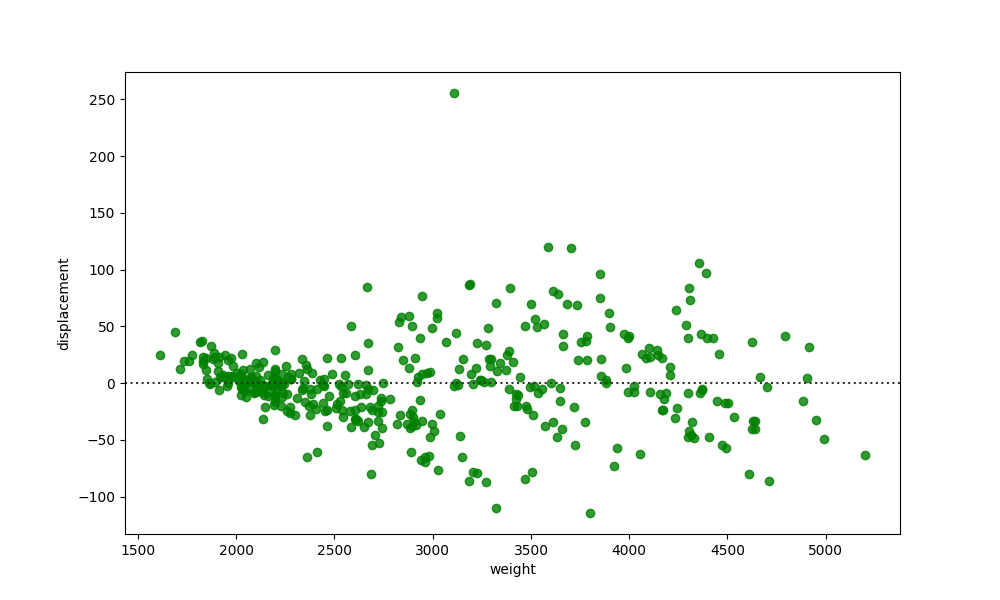
python, seaborn, residplot, lowess=False, scatter_color=green